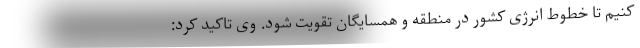
کنیم تا خطوط انرژی کشور در منطقه و همسایگان تقویت شود. وی تاکید کرد: